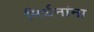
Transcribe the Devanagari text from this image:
निर्धनांना